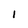
Character: 1